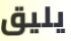
يليق